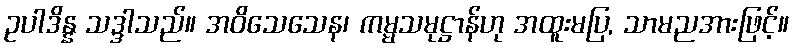
ဥပါဒိန္န သဒ္ဒါသည်။ အဝိသေသေန၊ ကမ္မသမုဋ္ဌာန်ဟု အထူးမပြ, သာမညအားဖြင့်။